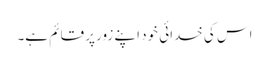
اس کی خدائی خود اپنے زور پر قائم ہے۔